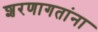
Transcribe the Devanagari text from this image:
शरणागतांना